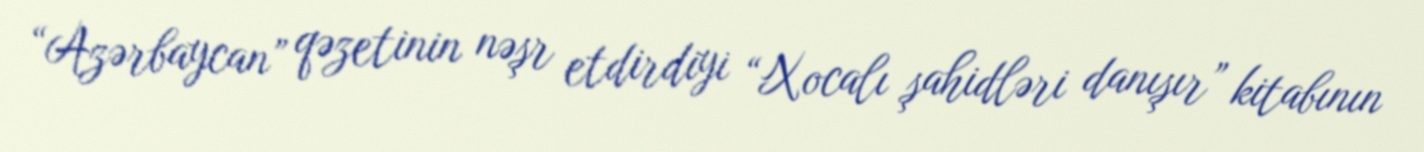
“Azərbaycan” qəzetinin nəşr etdirdiyi “Xocalı şahidləri danışır” kitabının